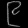
Digit: ၉